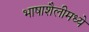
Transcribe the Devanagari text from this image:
भाषाशैलीमध्ये